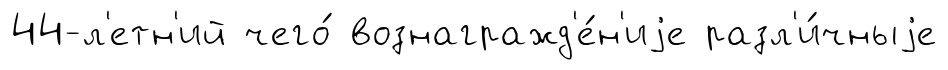
44-л'етн'ий чего́ вознагражд'е́н'иjе разл'и́чныjе